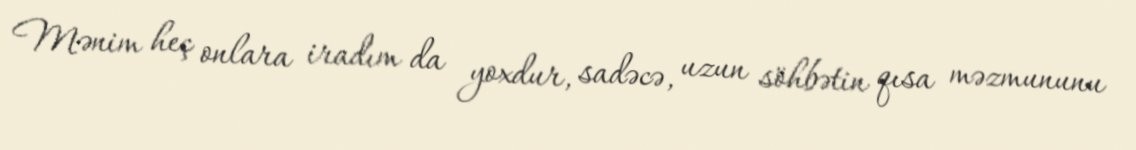
Mənim heç onlara iradım da yoxdur, sadəcə, uzun söhbətin qısa məzmununu